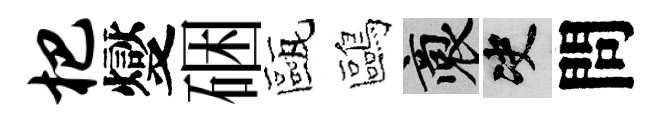
杷燮硱甌鷗裔决問